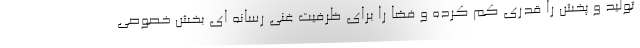
تولید و پخش را قدری کم کرده و فضا را برای ظرفیت غنی رسانه ای بخش خصوصی